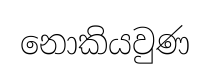
නොකියවුණ